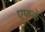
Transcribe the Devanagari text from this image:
एफके